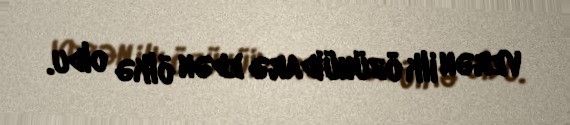
verən ilk özünüidarə edən ölkə oldu.